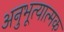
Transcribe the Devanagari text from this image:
अनुभूत्यात्मक